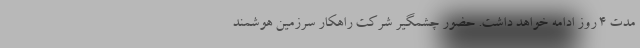
مدت 4 روز ادامه خواهد داشت. حضور چشمگیر شرکت راهکار سرزمین هوشمند